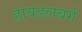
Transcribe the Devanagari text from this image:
हायडलबर्ग